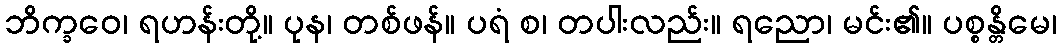
ဘိက္ခဝေ၊ ရဟန်းတို့။ ပုန၊ တစ်ဖန်။ ပရံ စ၊ တပါးလည်း။ ရညော၊ မင်း၏။ ပစ္စန္တိမေ၊